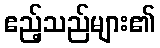
ဧည့်သည်များ၏